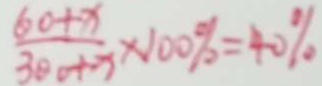
\frac { 6 0 + x } { 3 0 0 + x } \times 1 0 0 \% = 4 0 \%